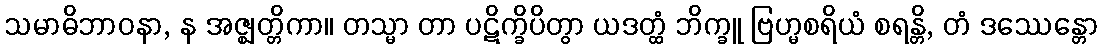
သမာဓိဘာဝနာ, န အဇ္ဈတ္တိကာ။ တသ္မာ တာ ပဋိက္ခိပိတွာ ယဒတ္ထံ ဘိက္ခူ ဗြဟ္မစရိယံ စရန္တိ, တံ ဒဿေန္တော